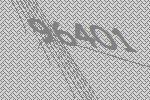
96401